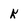
Character: k